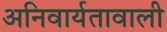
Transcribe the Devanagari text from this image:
अनिवार्यतावाली